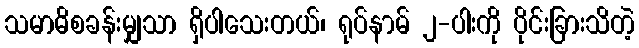
သမာဓိစခန်းမျှသာ ရှိပါသေးတယ်၊ ရုပ်နာမ် ၂-ပါးကို ပိုင်းခြားသိတဲ့